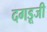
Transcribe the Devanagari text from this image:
दगडूजी